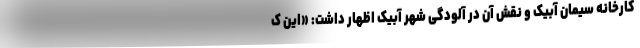
کارخانه سیمان آبیک و نقش آن در آلودگی شهر آبیک اظهار داشت: «این ک